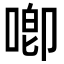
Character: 喞